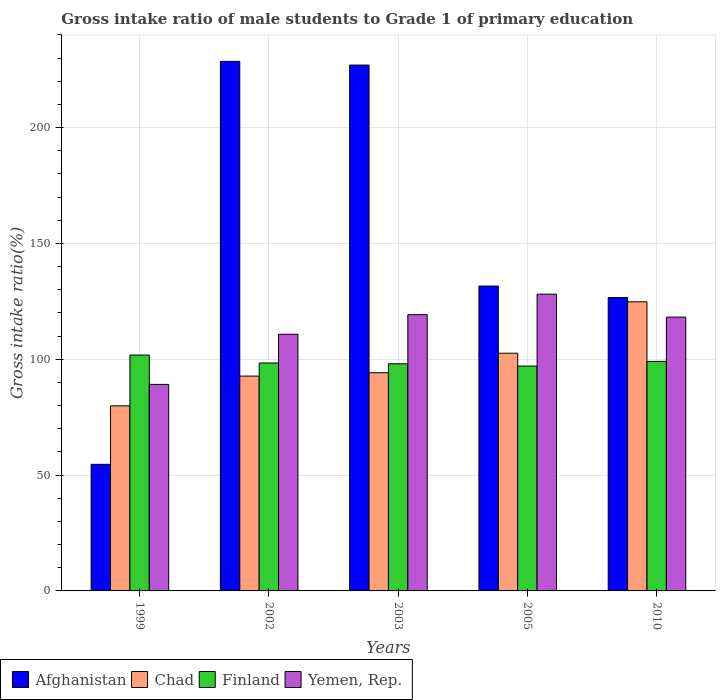
| Years | Afghanistan | Chad | Finland | Yemen, Rep. |
 | --- | --- | --- | --- | --- |
 | 1999 | 54.6 | 79.9 | 102 | 89.2 |
 | 2002 | 229 | 92.7 | 98.4 | 111 |
 | 2003 | 227 | 94.2 | 98 | 119 |
 | 2005 | 132 | 103 | 97.1 | 128 |
 | 2010 | 127 | 125 | 99.1 | 118 |